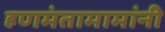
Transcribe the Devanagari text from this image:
हणमंतामामांनी